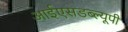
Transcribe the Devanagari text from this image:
आईएसडब्ल्यूपी